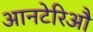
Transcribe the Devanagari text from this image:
आनटेरिऔ